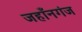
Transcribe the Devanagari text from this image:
जहाँनगंज